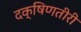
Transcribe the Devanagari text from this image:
दक्षिणतीरी